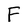
Character: F